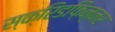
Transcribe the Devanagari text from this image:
स्क्रिडफ़िन्नर